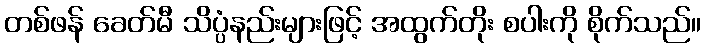
တစ်ဖန် ခေတ်မီ သိပ္ပံနည်းများဖြင့် အထွက်တိုး စပါးကို စိုက်သည်။